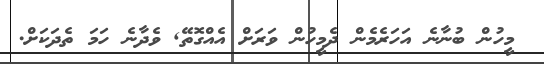
މީހުން ބުނާނެ އަހަރެމެން ދެމީހުން ވަރަށް އެއްގޮތޭ